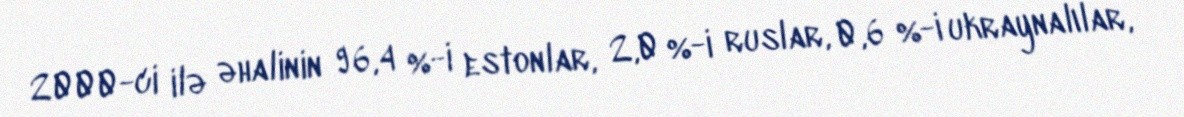
2000-ci ilə əhalinin 96,4 %-i estonlar, 2,0 %-i ruslar, 0,6 %-i ukraynalılar,